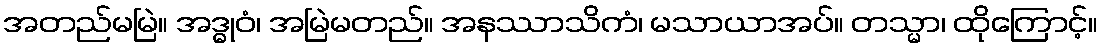
အတည်မမြဲ။ အဒ္ဓုဝံ၊ အမြဲမတည်။ အနဿာသိကံ၊ မသာယာအပ်။ တသ္မာ၊ ထိုကြောင့်။